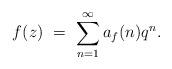
LaTeX: \begin{align*} f(z)\ =\ \sum_{n=1}^\infty a_f(n) q^n.\end{align*}